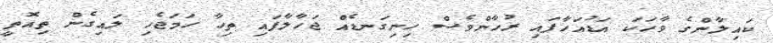
ކައިލާންގެ ވާހަކަ އަޑުއަހާފައި ރުހާންވެސް ހިނިގަނޑެއް ޖަހާލާފައި ތިހާ ހަމަޖެހި ލައިގެން ތިއޮތީ